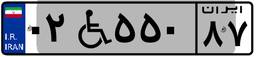
۰۲W۵۵۰۸۷